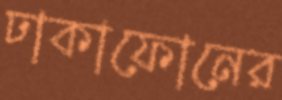
ঢাকাফোনের